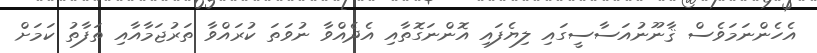
އެހެންނަމަވެސް ޤާނޫނުއަސާސީގައި ލިޔެފައި އޮންނަގޮތާއި އެދެއްވާ ނުވަތަ ކުރައްވާ ތަރުޖަމާއާއި ތަފާތު ކަމަށް